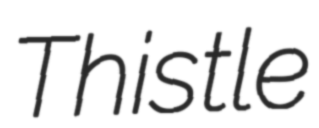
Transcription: Thistle